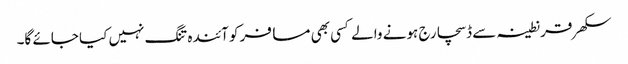
سکھر قرنطینہ سے ڈسچارج ہونے والے کسی بھی مسافر کو آئندہ تنگ نہیں کیا جائے گا۔